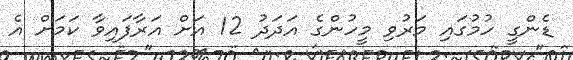
ޑެންގީ ހުމުގައި މަރުވި މީހުންގެ އަދަދު 12 އަށް އަރާފައިވާ ކަމަށް އެ